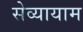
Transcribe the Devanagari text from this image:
सेव्यायाम